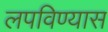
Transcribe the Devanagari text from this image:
लपविण्यास